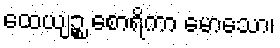
ထေယျဉ္စ စောရိကာ မောသော၊